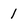
Character: 1